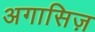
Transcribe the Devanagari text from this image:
अगासिज़